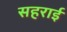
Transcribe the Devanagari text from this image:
सहराई